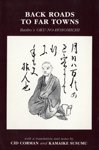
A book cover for Back Roads to Far Towns: Basho's Oku-No-Hosomichi (Ecco Travels); Basho Matsuo; Literature & Fiction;